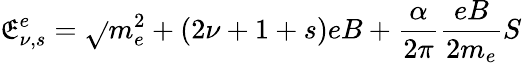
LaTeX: \mathfrak{E}_{\nu,s}^{e}=\sqrt{}{{m_{e}^{2}+(2\nu+1+s)eB}}+\frac{{\alpha}}{{2\pi}}\frac{{eB}}{{2m_{e}}}S